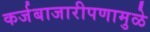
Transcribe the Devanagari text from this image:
कर्जबाजारीपणामुळे